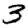
Digit: 3